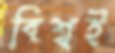
বিশ্বই